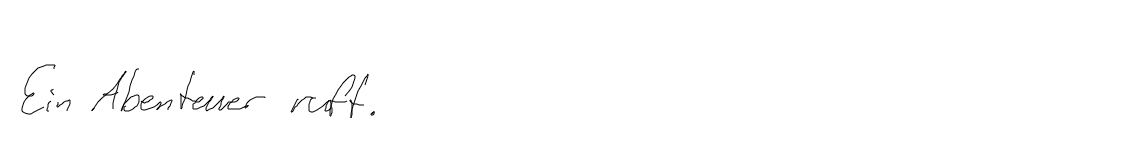
Ein Abenteuer ruft.